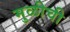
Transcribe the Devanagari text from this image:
मुळीची